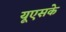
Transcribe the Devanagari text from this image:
यूएसके